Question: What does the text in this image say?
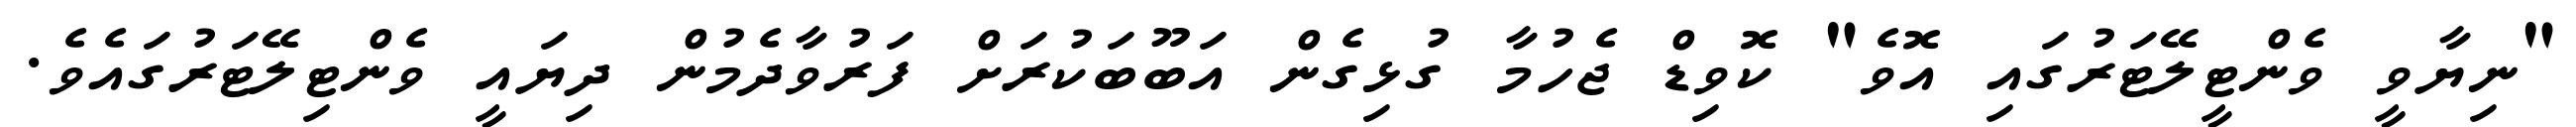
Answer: "ނިޔާވީ ވެންޓީލޭޓަރުގައި އޮވެ" ކޮވިޑް ޖެހުމާ ގުޅިގެން އަބޫބަކުރަށް ފަރުވާދެމުން ދިޔައީ ވެންޓިލޭޓަރުގައެވެ.